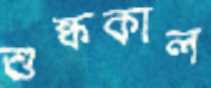
শুষ্ককাল